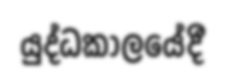
යුද්ධකාලයේදී